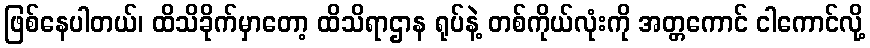
ဖြစ်နေပါတယ်၊ ထိသိခိုက်မှာတော့ ထိသိရာဌာန ရုပ်နဲ့ တစ်ကိုယ်လုံးကို အတ္တကောင် ငါကောင်လို့